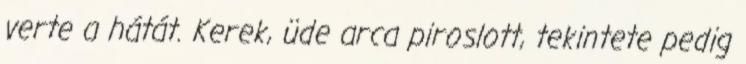
verte a hátát. Kerek, üde arca piroslott, tekintete pedig